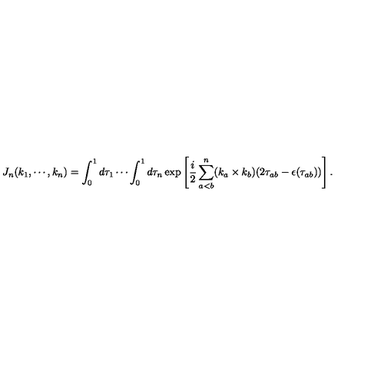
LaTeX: J _ { n } ( k _ { 1 } , \cdots , k _ { n } ) = \int _ { 0 } ^ { 1 } d \tau _ { 1 } \cdots \int _ { 0 } ^ { 1 } d \tau _ { n } \exp \left[ \frac { i } { 2 } \sum _ { a < b } ^ { n } ( k _ { a } \times k _ { b } ) ( 2 \tau _ { a b } - \epsilon ( \tau _ { a b } ) ) \right] .